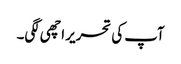
آپ کی تحریر اچھی لگی۔